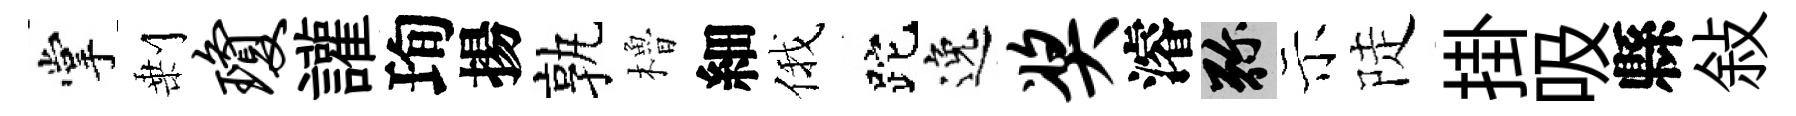
掌剰琼讙珣揚孰櫓細俄跎逸奖濬弥示陡掛吸縣敍